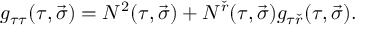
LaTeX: g _ { \tau \tau } ( \tau , \vec { \sigma } ) = N ^ { 2 } ( \tau , \vec { \sigma } ) + N ^ { \check { r } } ( \tau , \vec { \sigma } ) g _ { \tau \check { r } } ( \tau , \vec { \sigma } ) .